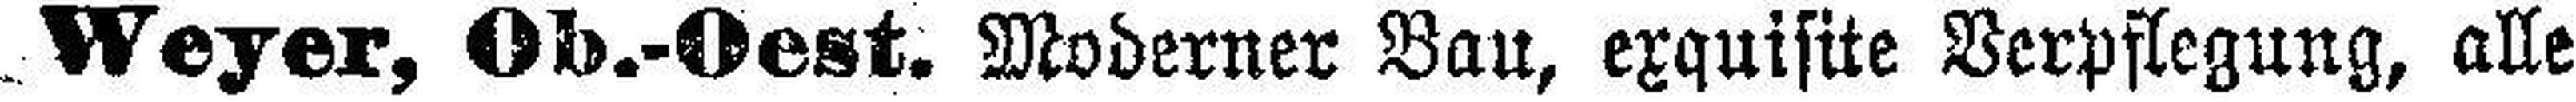
Weyer, Ob.-Oest. Moderner Bau, exquisite Verpflegung, alle